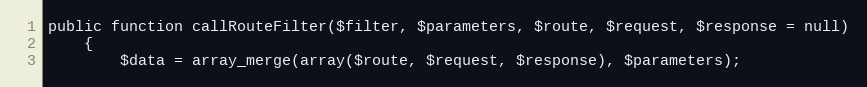
Language: PHP
public function callRouteFilter($filter, $parameters, $route, $request, $response = null)
	{
		$data = array_merge(array($route, $request, $response), $parameters);